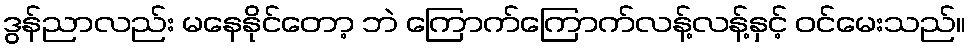
ဒွန်ညာလည်း မနေနိုင်တော့ ဘဲ ကြောက်ကြောက်လန့်လန့်နှင့် ဝင်မေးသည်။